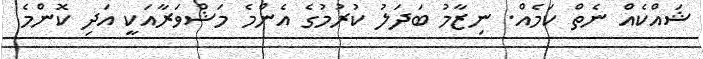
ޝައްކެއް ނެތް ކަމެއް. ނިޒާމު ބަދަލު ކުރުމުގެ އެންމެ މަޝްވަރާއަކީ އަދި ކޮންމެ